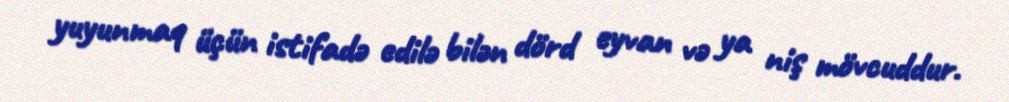
yuyunmaq üçün istifadə edilə bilən dörd eyvan və ya niş mövcuddur.